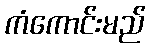
ကံကောင်းမည်